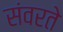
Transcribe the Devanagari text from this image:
संवरते